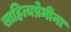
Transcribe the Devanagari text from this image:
साहित्यप्रेमींना